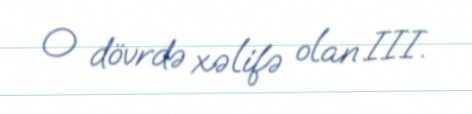
O dövrdə xəlifə olan III.